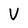
Character: V